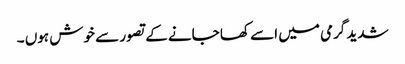
شدید گرمی میں اسے کھا جانے کے تصور سے خوش ہوں ۔